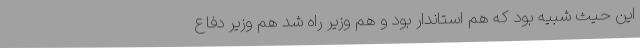
این حیث شبیه بود که هم استاندار بود و هم وزیر راه شد هم وزیر دفاع